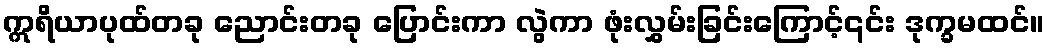
ဣရိယာပုထ်တခု ညောင်းတခု ပြောင်းကာ လွဲကာ ဖုံးလွှမ်းခြင်းကြောင့်၎င်း ဒုက္ခမထင်။